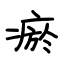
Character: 瘀